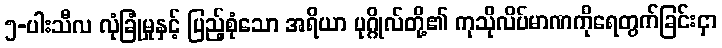
၅-ပါးသီလ လုံခြုံမှုနှင့် ပြည့်စုံသော အရိယာ ပုဂ္ဂိုလ်တို့၏ ကုသိုလိပ်မာဏကိုရေတွက်ခြင်းငှာ